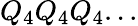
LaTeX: Q_{4}Q_{4}Q_{4}...